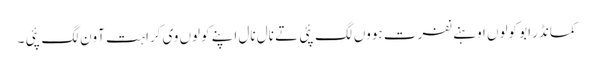
کمانڈر ابو کولوں اوہنے نفرت ہووں لگ پئی تے نال نال اپنے کولوں وی کراہت آون لگ پئی ۔